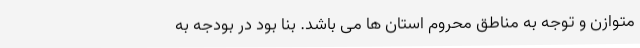
متوازن و توجه به مناطق محروم استان ها می باشد. بنا بود در بودجه به